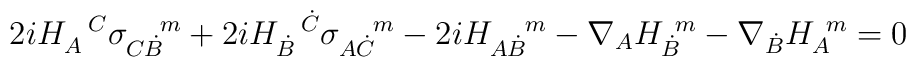
2iH_A^{\ \ C} \sigma_{C \dot B}^{\ \ \ m} +2i H_{\dot B}^{\ \ \dot C}\sigma_{A \dot C}^{\ \ \ m} -2i H_{A \dot B}^{\ \ \ m} -\nabla_AH_{\dot B}^{\ m} -\nabla_{\dot B} H_A^{\ m}=0